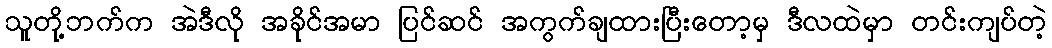
သူတို့ဘက်က အဲဒီလို အခိုင်အမာ ပြင်ဆင် အကွက်ချထားပြီးတော့မှ ဒီလထဲမှာ တင်းကျပ်တဲ့